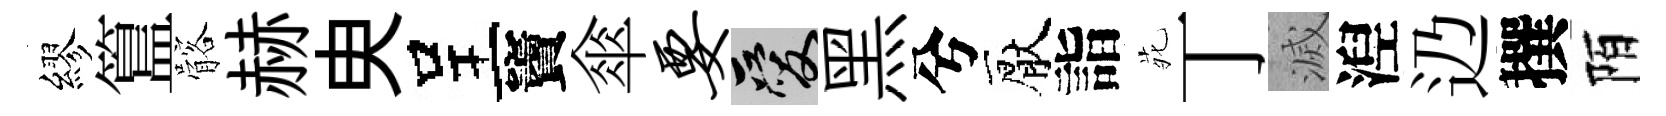
繆簋髂赫㬰呈竇傘要爱黑兮厭詣𫟍丁滅湼辸撰陌